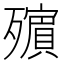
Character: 𣩵